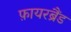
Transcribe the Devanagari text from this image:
फ़ायरब्रैंड